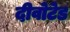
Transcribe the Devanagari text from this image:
दीवोटेड